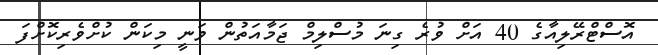
އޮސްޓްރޭލިއާގެ 40 އަށް ވުރެ ގިނަ މުސްލިމް ޖަމާއަތުން ވަނީ މިކަން ކުށްވެރިކޮށްފަ